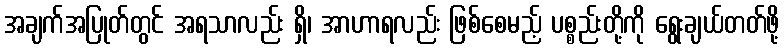
အချက်အပြုတ်တွင် အရသာလည်း ရှိ၊ အာဟာရလည်း ဖြစ်စေမည့် ပစ္စည်းတို့ကို ရွေးချယ်တတ်ဖို့